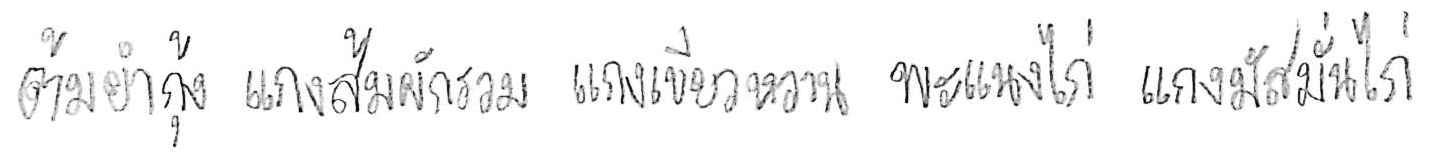
ต้มยำกุ้ง แกงส้มผักรวม แกงเขียวหวาน พะแนงไก่ แกงมัสมั่นไก่